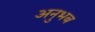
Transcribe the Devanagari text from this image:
अनुभब